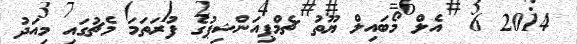
2014 6  އެލް މޯބައިލް ޔޫތު ޗެމްޕިއަންޝިޕުގެ ފުރަތަމަ މެޗުގައި މިއަދު